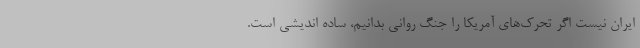
ایران نیست اگر تحرک‌های آمریکا را جنگ روانی بدانیم، ساده اندیشی است.